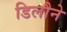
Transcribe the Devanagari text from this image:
डिलौने